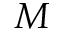
M